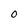
Character: O